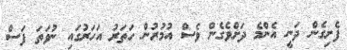
ފެށިގެން ދަނީ އެންމެ ދަށްވެގެން ވެސް އުމުރުން ހަތަރު އަހަރުގައި ނުވަތަ ފަސް